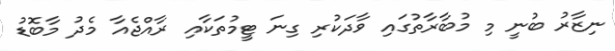
ނިޒާރު ބުނީ މި މުބާރާތުގައި ވާދަކުރި ގިނަ ޓީމުތަކާއި ރާއްޖެއާ މެދު މާބޮޑު